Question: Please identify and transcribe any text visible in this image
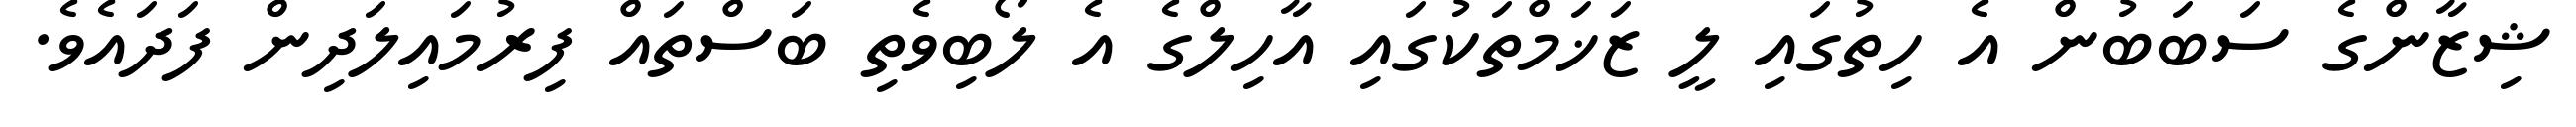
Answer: ޝިޒާންގެ ސަބަބުން އެ ހިތުގައި ލީ ޒަޚަމްތަކުގައި އާހިލްގެ އެ ލޯބިވެތި ބަސްތައް ފިރުމައިލަދިން ފަދައެވެ.